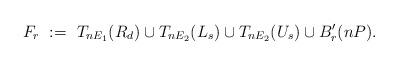
LaTeX: \begin{align*}F_r\ :=\ T_{nE_1}(R_d) \cup T_{nE_2}(L_{s}) \cup T_{nE_2}(U_{s}) \cup B'_r(nP).\end{align*}